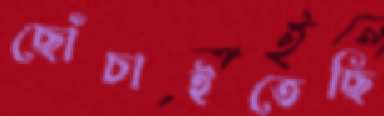
ছোঁচাইতেছি